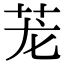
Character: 茏